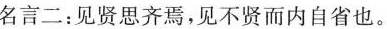
名言二：见贤思齐焉，见不贤而内自省也。